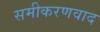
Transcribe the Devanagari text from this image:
समीकरणवाद